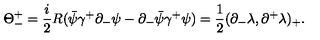
{ \Theta } _ { - } ^ { + } = \frac { i } { 2 } R ( \bar { \psi } { \gamma } ^ { + } { \partial } _ { - } { \psi } - { \partial } _ { - } \bar { \psi } { \gamma } ^ { + } { \psi } ) = \frac { 1 } { 2 } ( { \partial } _ { - } { \lambda } , { \partial } ^ { + } { \lambda } ) _ { + } .